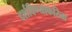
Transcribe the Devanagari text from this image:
दर्शविण्याकरिता